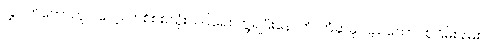
လွှွတ်တော်တွင် လေ့လာစိစစ်သုံးသပ်ရေး ဘွဲ့ရပြီးနောက် ကြံဆမှု ပြည်ထောင်စုငြိမ်းချမ်း